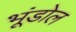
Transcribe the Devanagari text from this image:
भूंडोल